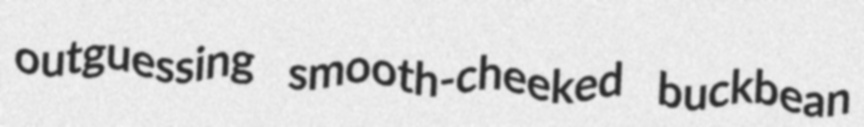
outguessing smooth-cheeked buckbean